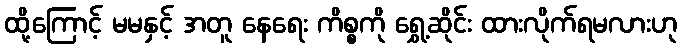
ထို့ကြောင့် မမနှင့် အတူ နေရေး ကိစ္စကို ရွှေ့ဆိုင်း ထားလိုက်ရမလားဟု